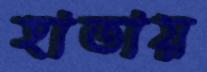
হাতায়